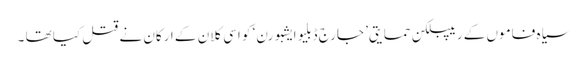
سیاہ فاموں کے ریپبلکن حمایتی’ جارج ڈبلیو ایشبورن‘ کو اسی کلان کے ارکان نے قتل کیا تھا ۔